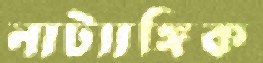
নাট্যাঙ্গিক